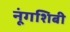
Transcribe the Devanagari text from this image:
नूंगशिबी